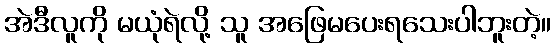
အဲဒီလူကို မယုံရဲလို့ သူ အဖြေမပေးရသေးပါဘူးတဲ့။